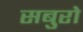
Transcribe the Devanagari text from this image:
सबुरो